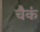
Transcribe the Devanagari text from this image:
चैकं